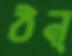
ঠন্